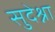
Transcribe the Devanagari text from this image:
सुदेश्ना